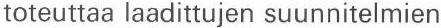
toteuttaa laadittujen suunnitelmien